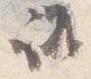
議